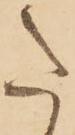
た